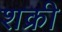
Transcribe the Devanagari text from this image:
शक्री